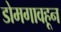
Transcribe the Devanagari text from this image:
डोमगावहून